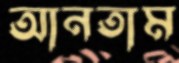
আনতাম